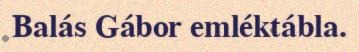
Balás Gábor emléktábla.